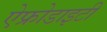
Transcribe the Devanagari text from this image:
ऐफ्रोडाइटी